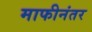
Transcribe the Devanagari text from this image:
माफीनंतर